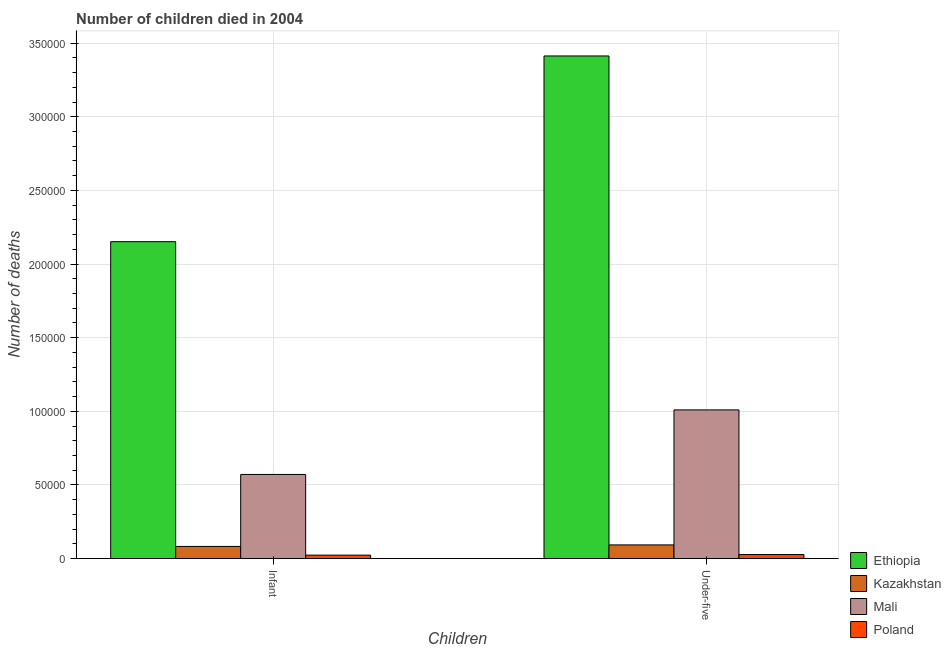
| Children | Ethiopia | Kazakhstan | Mali | Poland |
 | --- | --- | --- | --- | --- |
 | Infant | 2.15e+05 | 8.24e+03 | 5.71e+04 | 2.35e+03 |
 | Under-five | 3.41e+05 | 9.28e+03 | 1.01e+05 | 2.74e+03 |